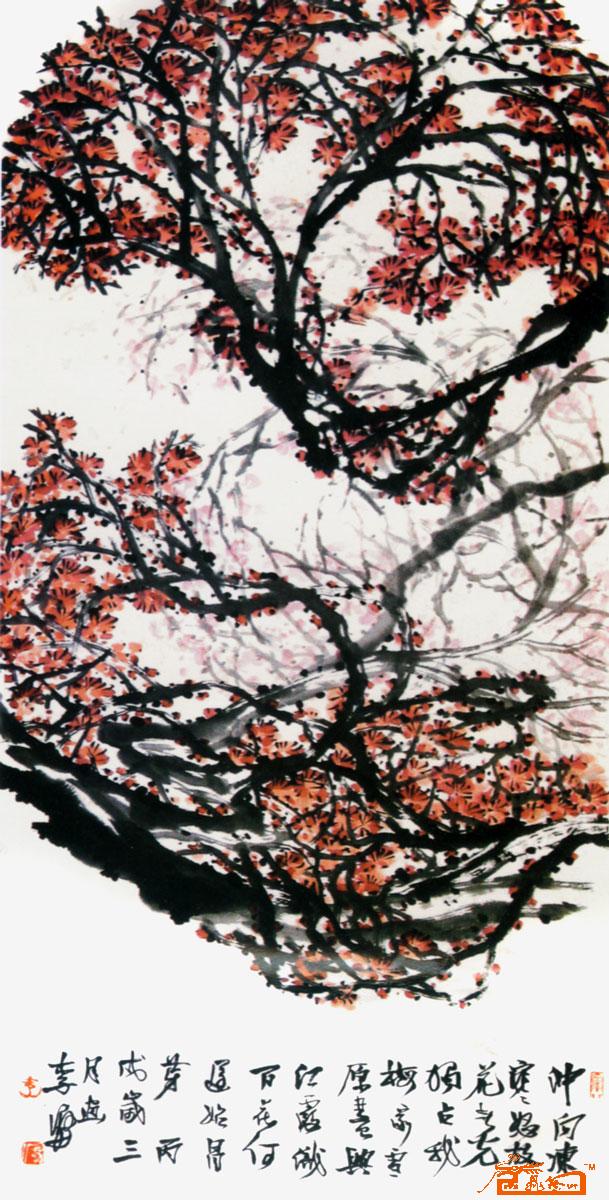
将军狐裘卧不暖，都护宝刀冻欲断。